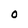
Character: O